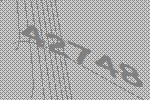
42748